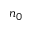
n _ { 0 }